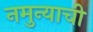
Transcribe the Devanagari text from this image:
नमुन्याची